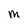
Character: M